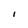
Character: i